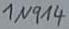
Text: 1N914